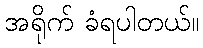
အရိုက် ခံရပါတယ်။